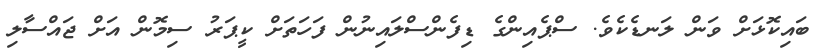
ބައިކޮޅަށް ވަން ލަނޑެކެވެ. ސްޕެއިންގެ ޑިފެންސްލައިނުން ފަހަތަށް ކީޕަރު ސިމޮން އަށް ޖައްސާލި